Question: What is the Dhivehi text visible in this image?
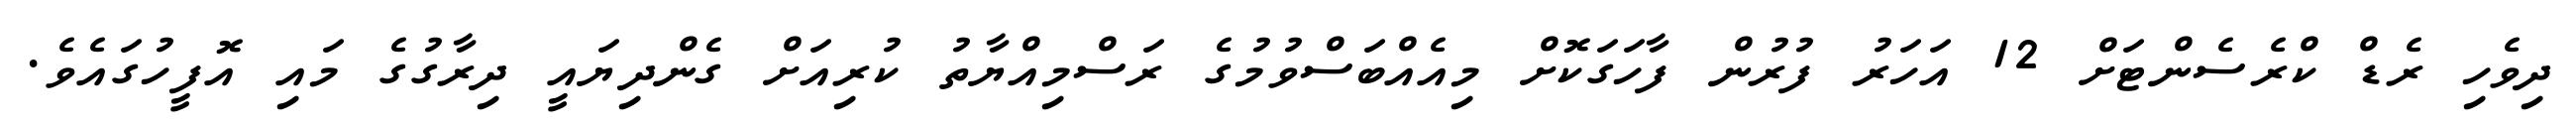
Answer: ދިވެހި ރެޑް ކްރެސެންޓަށް 12 އަހަރު ފުރުން ފާހަގަކޮށް މިއެއްބަސްވުމުގެ ރަސްމިއްޔާތު ކުރިއަށް ގެންދިޔައީ ދިރާގުގެ މައި އޮފީހުގައެވެ.